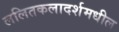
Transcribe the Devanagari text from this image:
ललितकलादर्शमधील